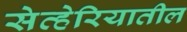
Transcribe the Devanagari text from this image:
सेव्हेरियातील